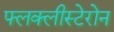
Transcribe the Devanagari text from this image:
फ्लक्लीस्टेरोन